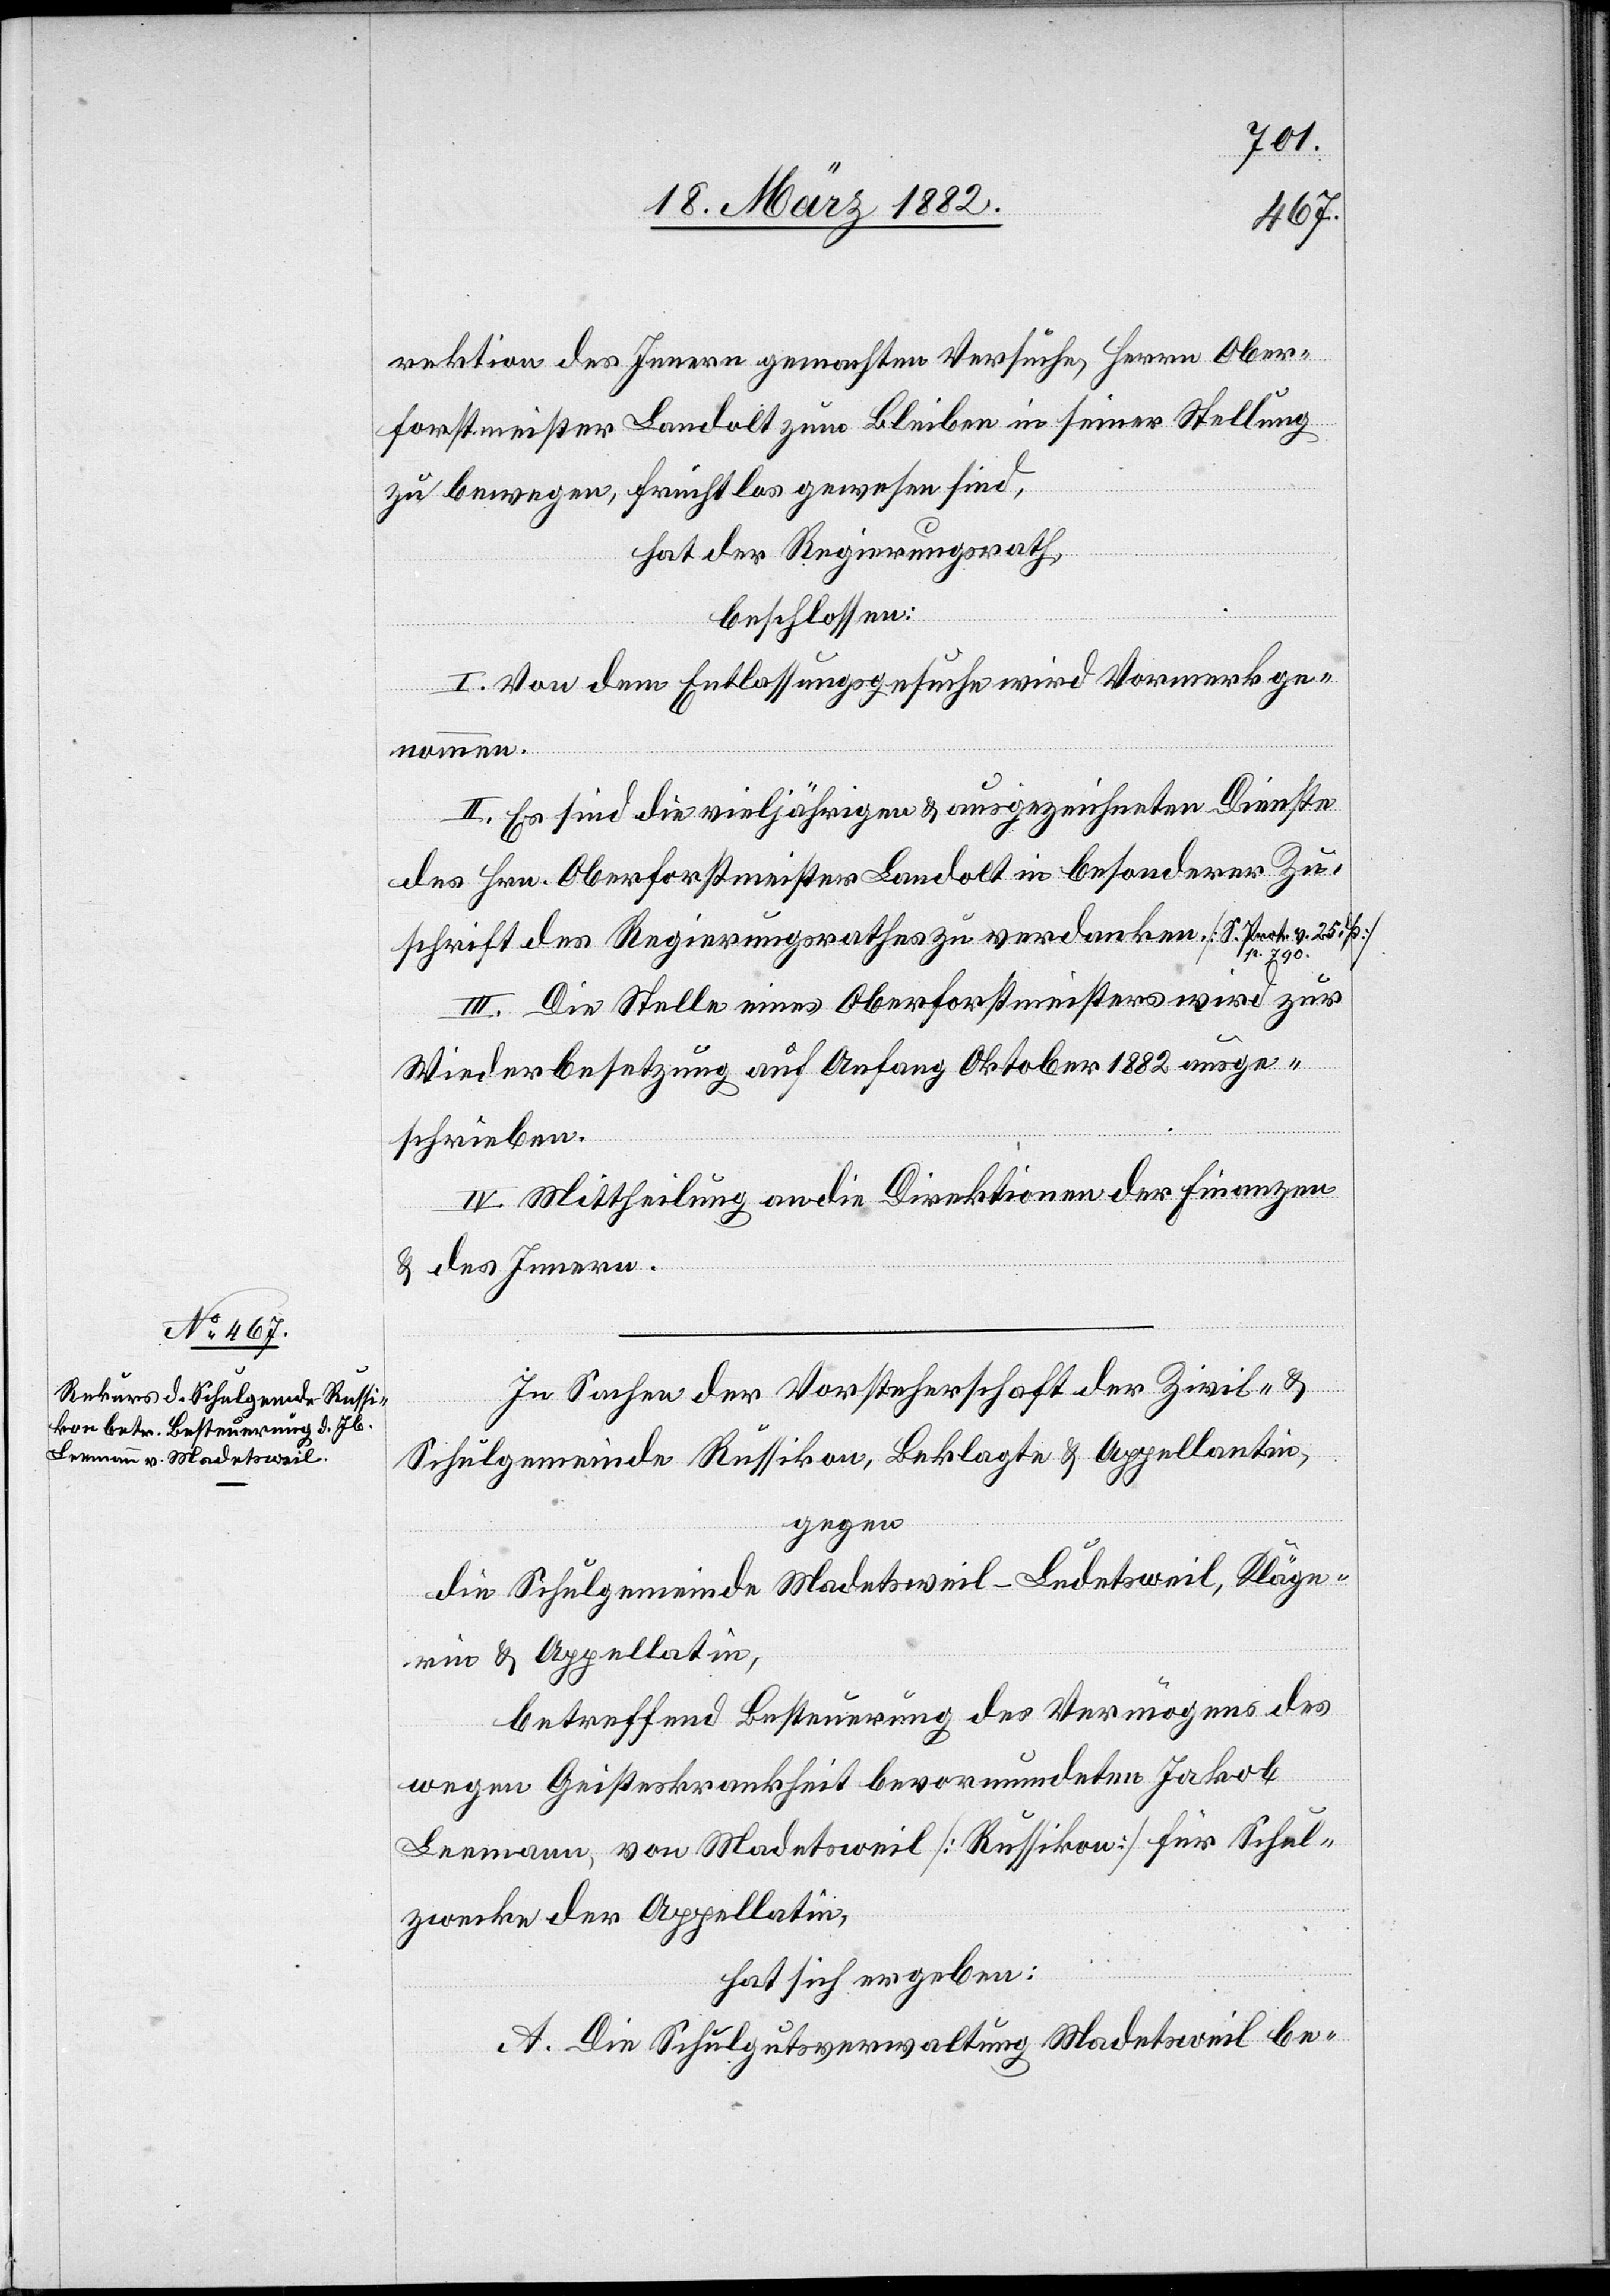
rektion des Innern gemachten Versuche, Herrn Ober¬
forstmeister Landolt zum Bleiben in seiner Stellung
zu bewegen, fruchtlos gewesen sind,
hat der Regierungsrath,
beschlossen:
I. Von dem Entlassungsgesuche wird Vormerk ge¬
nommen.
II. Es sind die vieljährigen & ausgezeichneten Dienste
des Hrn. Oberforstmeister Landolt in besonderer Zu¬
schrift des Regierungsrathes zu verdanken [S. Prot. v. 25. ß:
III. Die Stelle eines Oberforstmeisters wird zur
Wiederbesetzung auf Anfang Oktober 1882 ausge¬
schrieben.
IV: Mittheilung an die Direktion der Finanzen
& des Innern.
In Sachen der Vorsteherschaft der Zivil- &
Schulgemeinde Russikon, Beklagte & Appellantin,
gegen
die Schulgemeinde Madetsweil-Ludetsweil, Kläge¬
rin & Appellatin,
betreffend Besteuerung des Vermögens des
wegen Geisteskrankheit bevormundeten Jakob
Leemann, von Madetsweil [Russikon] für Schul¬
zwecke der Appellatin,
hat sich ergeben:
A. Die Schulverwaltung Madetsweil be-